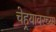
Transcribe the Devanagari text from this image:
चेहर्‍यावरच्या